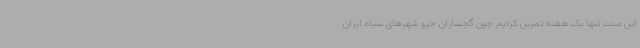
این مدت تنها یک هفته تمرین کردیم چون گچساران جزو شهرهای سیاه ایران